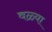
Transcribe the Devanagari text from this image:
वळ्या